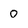
Character: 0